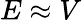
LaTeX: E\approx V